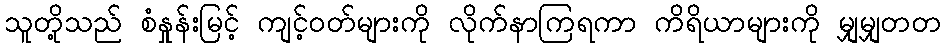
သူတို့သည် စံနှုန်းမြင့် ကျင့်ဝတ်များကို လိုက်နာကြရကာ ကိရိယာများကို မျှမျှတတ